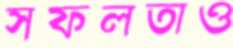
সফলতাও